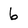
Character: 6